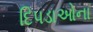
દિપડાઓના